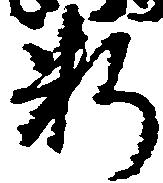
料